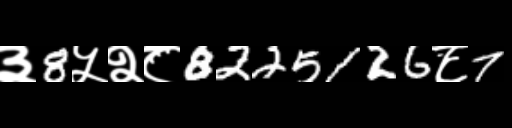
Text: ३8५२८8225126८7